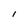
Character: l